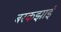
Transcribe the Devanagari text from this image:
बरकझाई